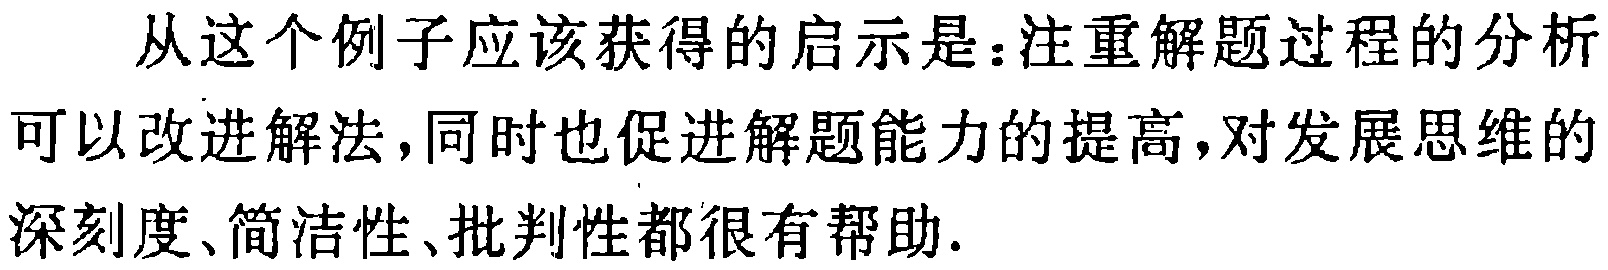
从这个例子应该获得的启示是：注重解题过程的分析可以改进解法，同时也促进解题能力的提高，对发展思维的深刻度、简洁性、批判性都很有帮助.